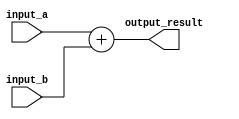
module parameterized_module #(parameter WIDTH = 8, parameter DATA_TYPE = 0) (
    input wire [WIDTH-1:0] input_a,
    input wire [WIDTH-1:0] input_b,
    output reg [WIDTH-1:0] output_result
);

always @* begin
    case(DATA_TYPE)
        0: output_result = input_a + input_b;
        1: output_result = input_a - input_b;
        2: output_result = input_a & input_b;
        3: output_result = input_a | input_b;
        // Add more behavioral operations as needed
        default: output_result = input_a + input_b;
    endcase
end

endmodule